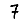
Digit: 7